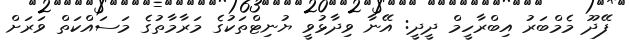
ފޭދޫ މެމްބަރު އިބްރާހީމް ދީދީ: އޭނާ ވިދާޅުވީ ޔުނިޓްތަކުގެ މަރާމާތުގެ މަސައްކަތް ވަރަށް